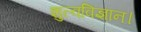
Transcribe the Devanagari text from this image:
शुल्वविज्ञान।